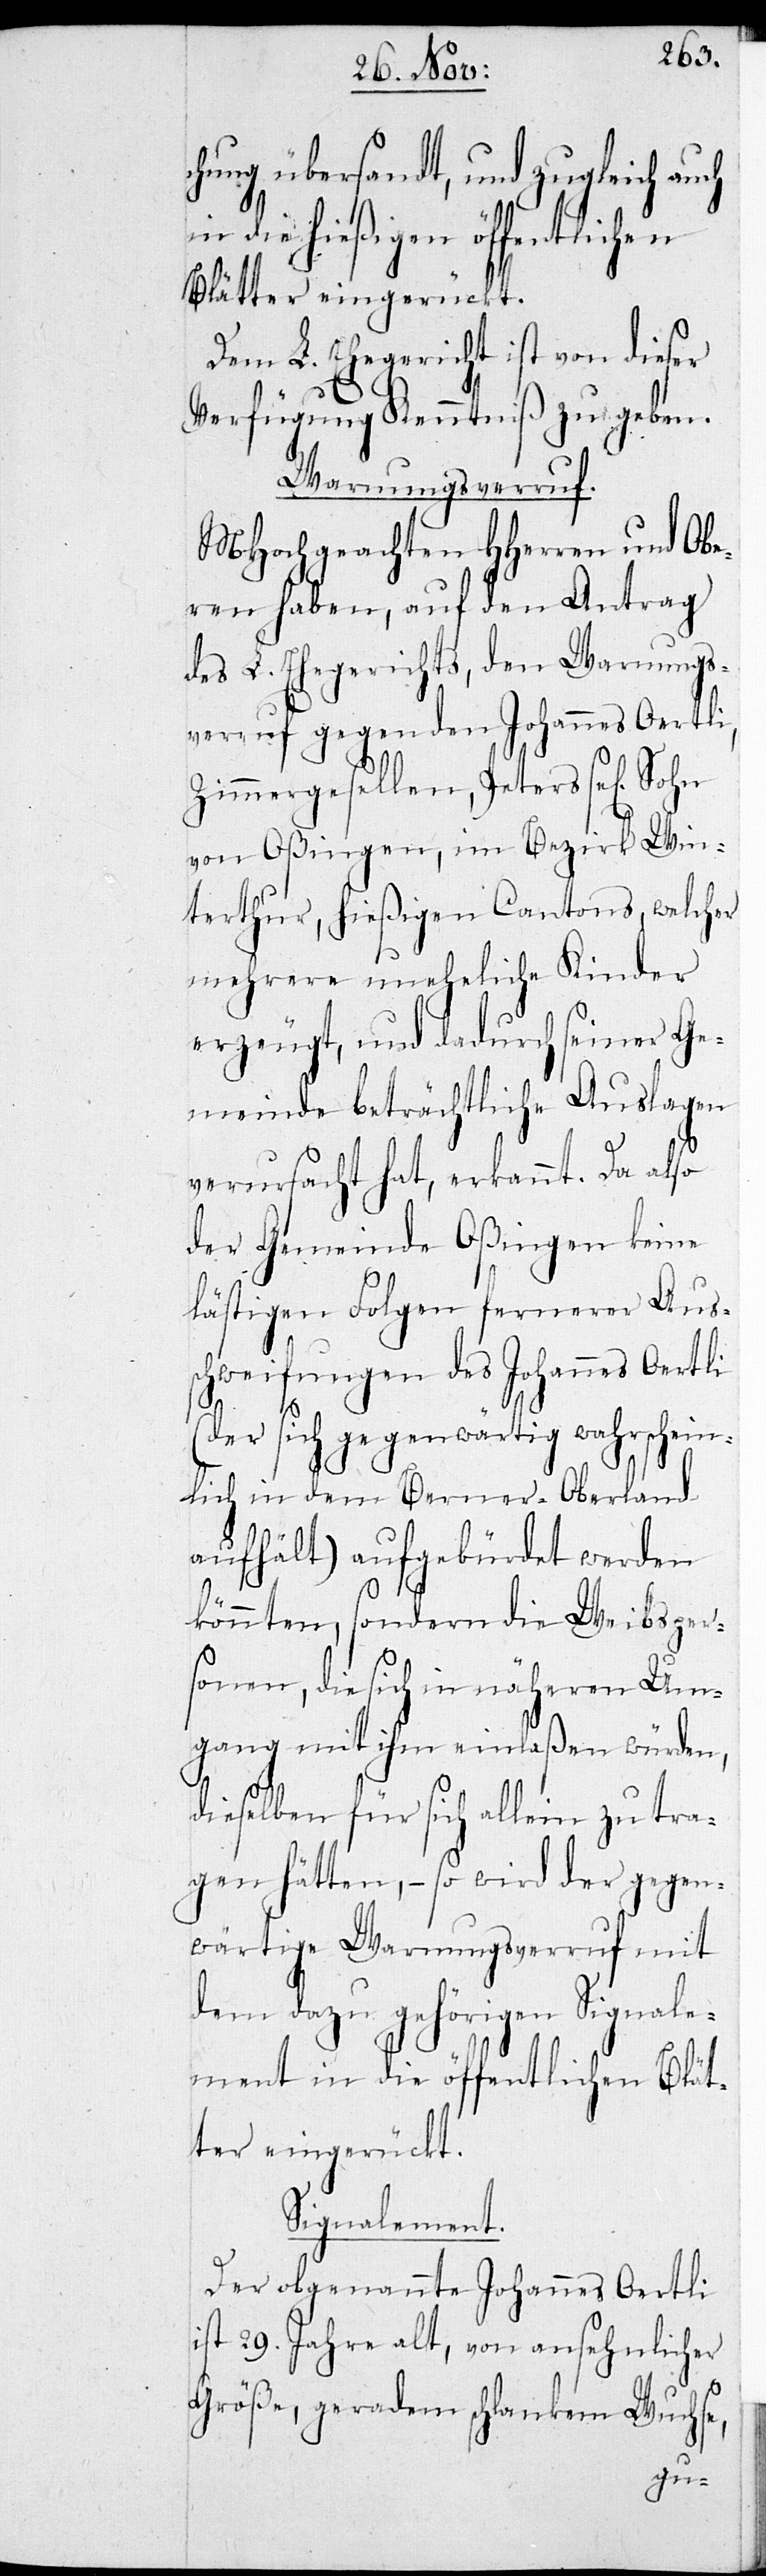
chung übersandt, und zugleich auch
in die hießigen öffentlichen
Blätter eingerückt.
Dem L. Ehegericht ist von dieser
Verfügung Kenntniß zu geben.
Warnungsverruf.
MHochgeachten HHerren und Obe¬
ren haben, auf den Antrag
des L. Ehegerichts, den Warnungs¬
verruf gegen den Johannes Oertli,
Zimmergesellen, Peters se[lig]
von Oßingen, im Bezirk Win¬
terthur, hießigen Cantons, welcher
mehrere uneheliche Kinder
erzeugt, und dadurch seiner Ge¬
meinde beträchtliche Auslagen
verursacht hat, erkannt. Da also
der Gemeinde Oßingen keine
lästigen Folgen fernerer Aus¬
schweifungen des Johannes Oertli
(der sich gegenwärtig wahrschein¬
lich in dem Berner-Oberland
aufhält) aufgekündet werden
könnten, sondern die Weibsper¬
sonen, die sich in näheren Um¬
gang mit ihm einlaßen würden,
dieselben für sich allein
tra¬
gen hätten, – so wird
gegen¬
wärtige Warnungsverruf mit
dem dazu gehörigen Signale¬
ment in die öffentlichen Blät¬
ter eingerückt.
Signalement.
Der obgenannte Johannes Oertli
ist 29. Jahre alt, von ansehnlicher
Größe, geraden schlanken Wuchse,